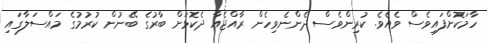
ހާމަކޮށްފައިވެސް ވެއެވެ. ކުރިންވެސް ދެންނެވިހެން ރާއްޖެއާ ދެކޮޅަށް ބާރުގެ ބޭނުން ކުރުމުގެ މައްސަލާގައި